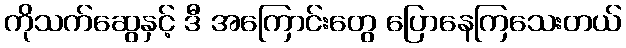
ကိုသက်ဆွေနှင့် ဒီ အကြောင်းတွေ ပြောနေကြသေးတယ်